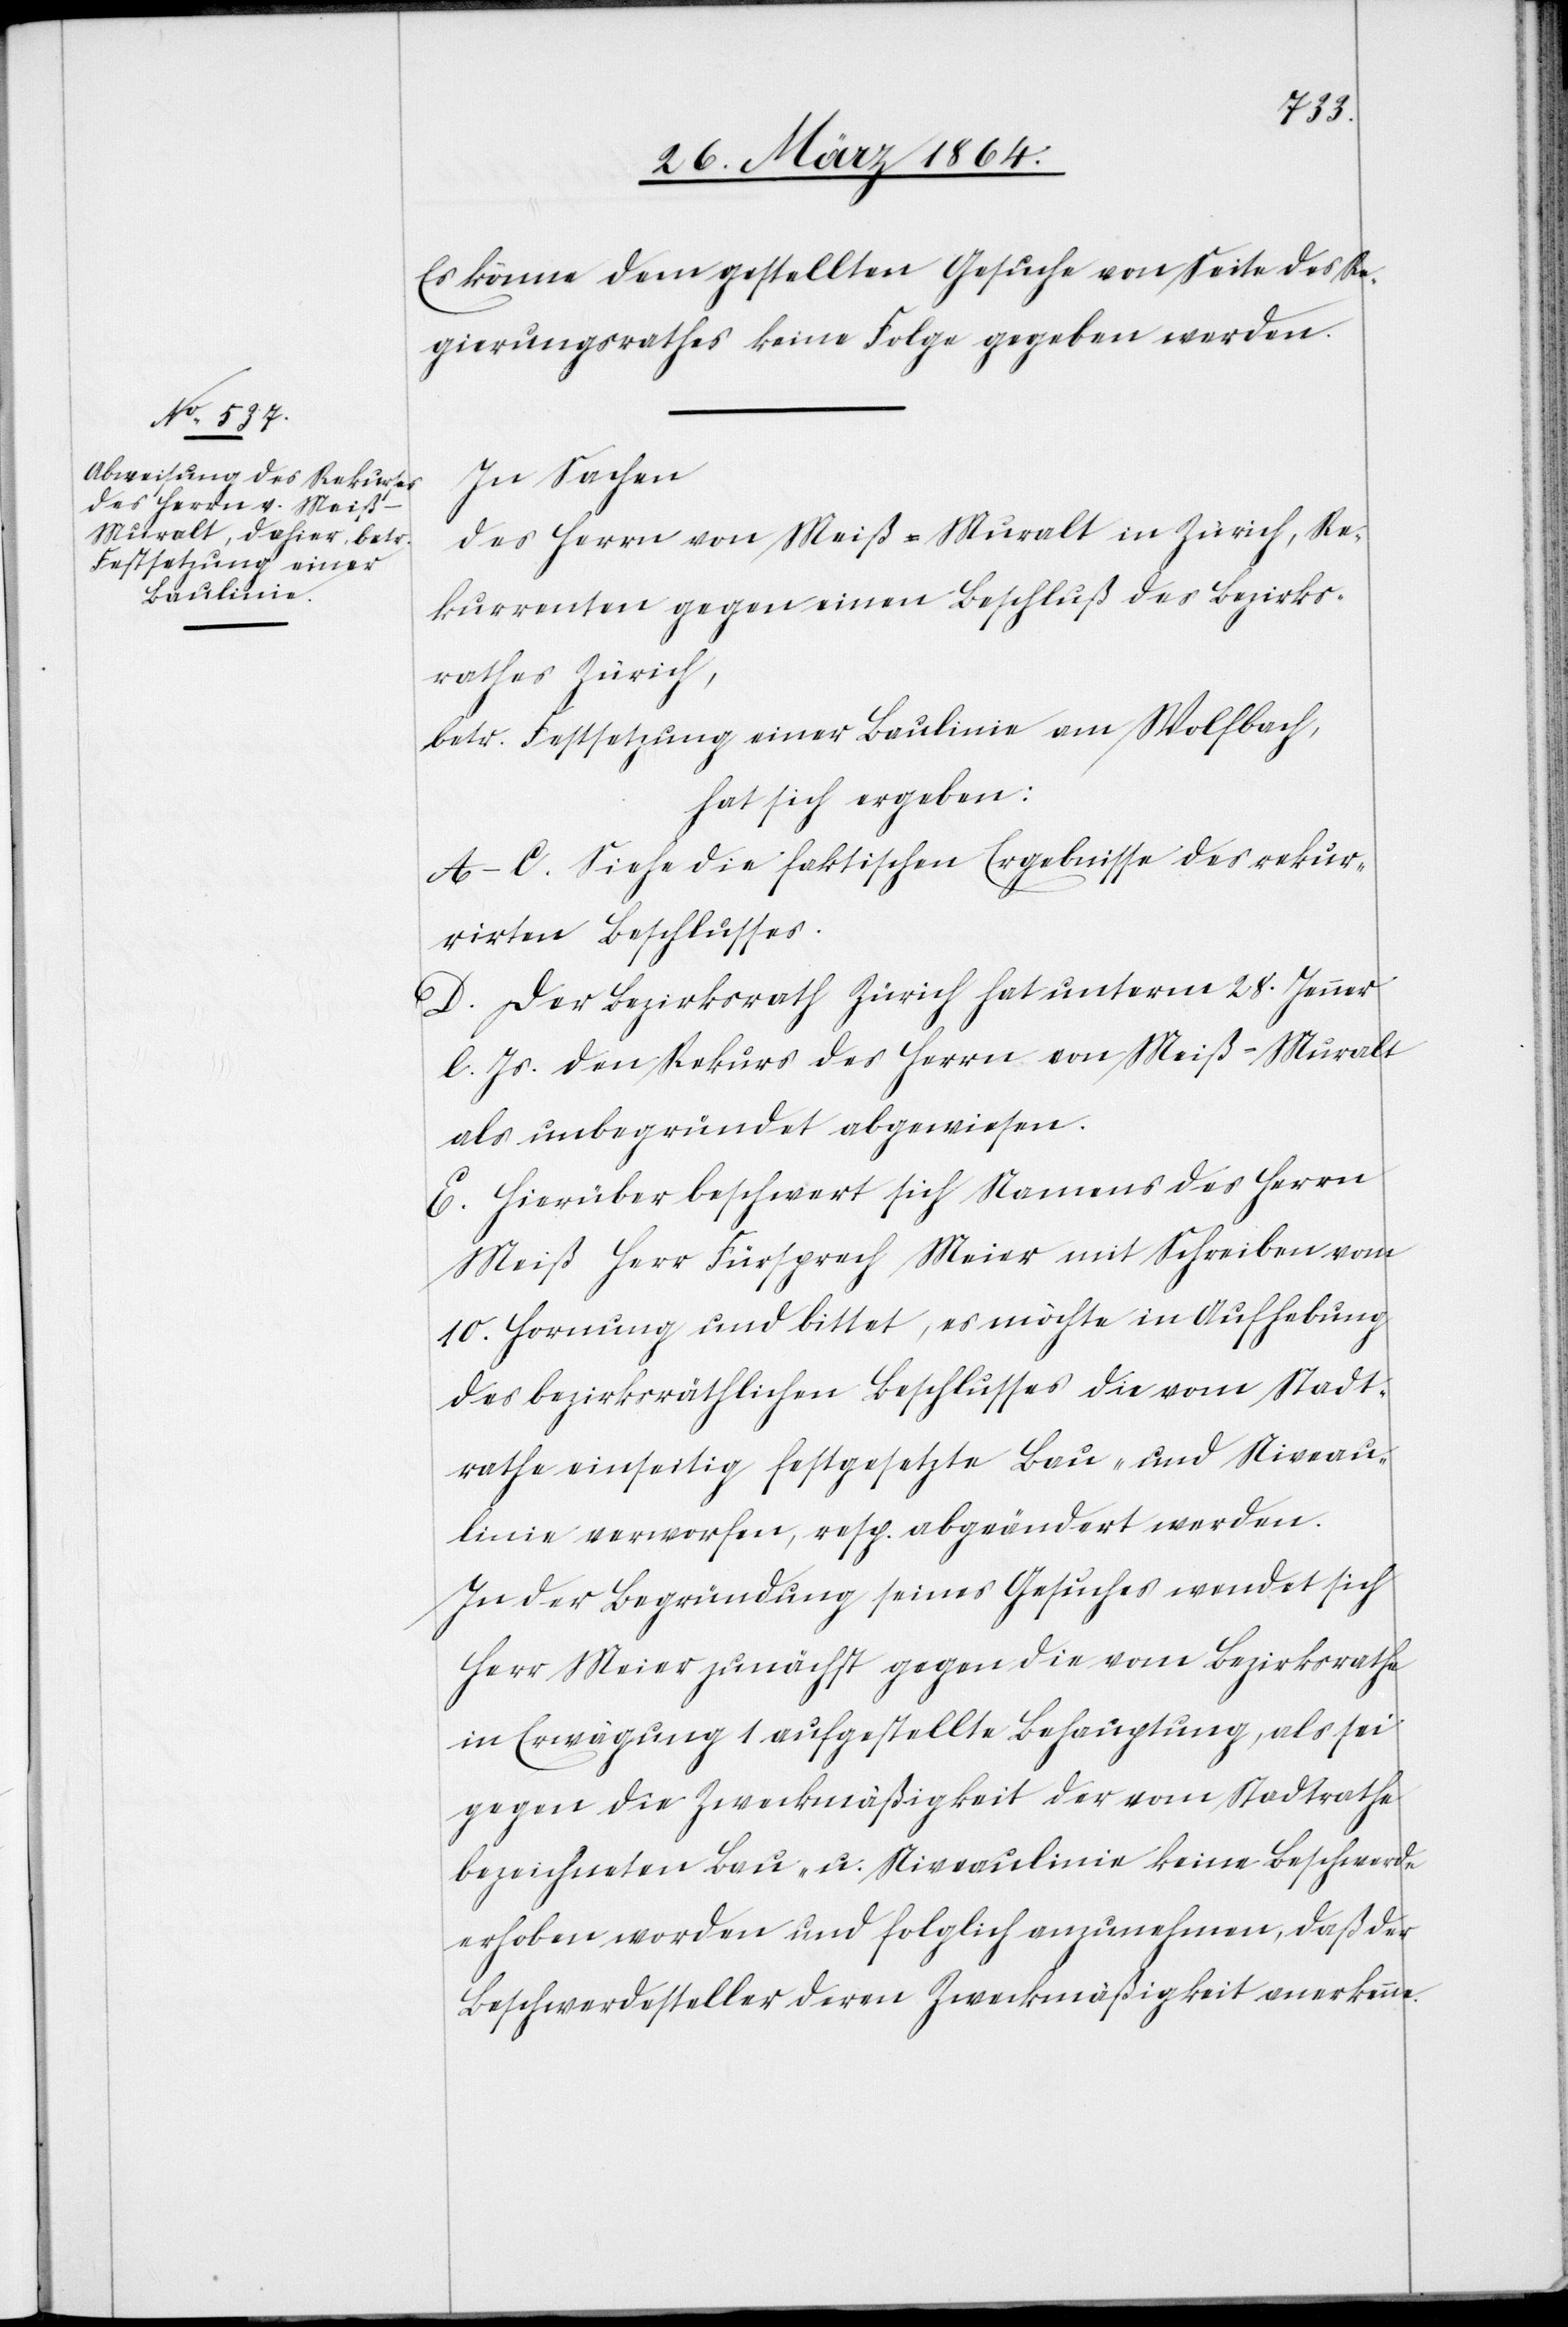
Es könne dem gestellten Gesuche von Seite des Re¬
gierungsrathes keine Folge gegeben werden.
In Sachen
des Herrn von Meiß-Muralt in Zürich, Re¬
kurrenten gegen einen Beschluß des Bezirks¬
rathes Zürich,
betr. Festsetzung einer Baulinie am Wolfbach,
hat sich ergeben:
A-C. Siehe die faktischen Ergebnisse des rekur¬
rirten Beschlusses.
D. Der Bezirksrath Zürich hat unterm 28. Jenner
l. Js. den Rekurs des Herrn von Meiß-Muralt
als unbegründet abgewiesen.
E. Hierüber beschwert sich Namens des Herrn
Meiß Herr Fürsprech Meier mit Schreiben vom
10. Hornung und bittet, es möchte in Aufhebung
des bezirksräthlichen Beschlusses die vom Stadt¬
rathe einseitig festgesetzte Bau- und Niveau¬
linie verworfen, resp. abgeändert werden.
In der Begründung seines Gesuches wendet sich
Herr Meier zunächst gegen die vom Bezirksrathe
in Erwägung 1 aufgestellte Behauptung, als sei
gegen die Zweckmäßigkeit der vom Stadtrathe
bezeichneten Bau- u. Niveaulinie keine Beschwerde
erhoben worden und folglich anzunehmen, daß der
Beschwerdesteller deren Zweckmäßigkeit anerkenne.